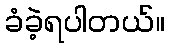
ခံခဲ့ရပါတယ်။